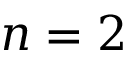
n = 2